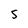
Character: 5